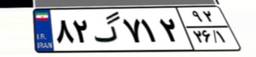
۸۲گ۷۱۲۹۲